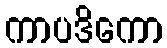
ကာပဒိကော